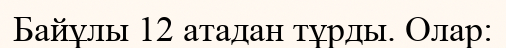
Байұлы 12 атадан тұрды. Олар: